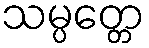
သမ္ပတ္တေ